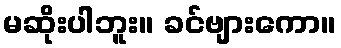
မဆိုးပါဘူး။ ခင်ဗျားကော။